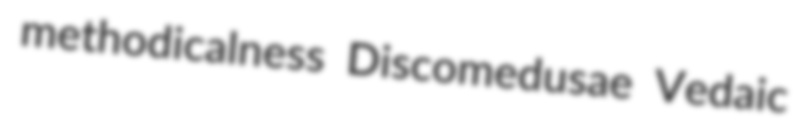
methodicalness Discomedusae Vedaic